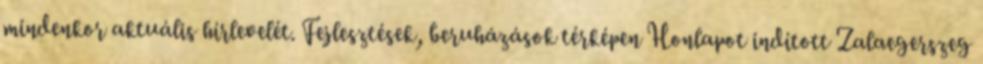
mindenkor aktuális hírlevelét. Fejlesztések, beruházások térképen Honlapot indított Zalaegerszeg